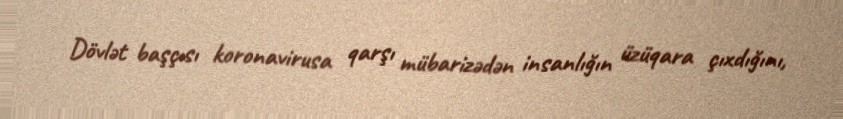
Dövlət başçısı koronavirusa qarşı mübarizədən insanlığın üzüqara çıxdığını,